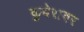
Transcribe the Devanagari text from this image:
कुबेरावर